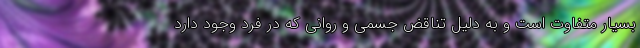
بسیار متفاوت است و به دلیل تناقض جسمی و روانی که در فرد وجود دارد